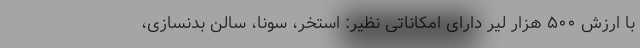
با ارزش ۵۰۰ هزار لیر دارای امکاناتی نظیر: استخر، سونا، سالن بدنسازی،